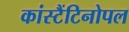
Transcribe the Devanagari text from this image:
कांस्टैंटिनोपल